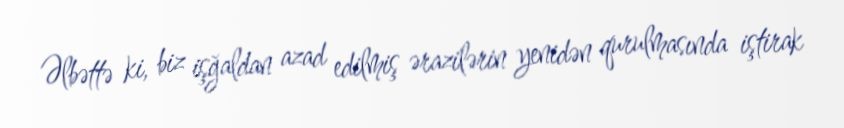
Əlbəttə ki, biz işğaldan azad edilmiş ərazilərin yenidən qurulmasında iştirak